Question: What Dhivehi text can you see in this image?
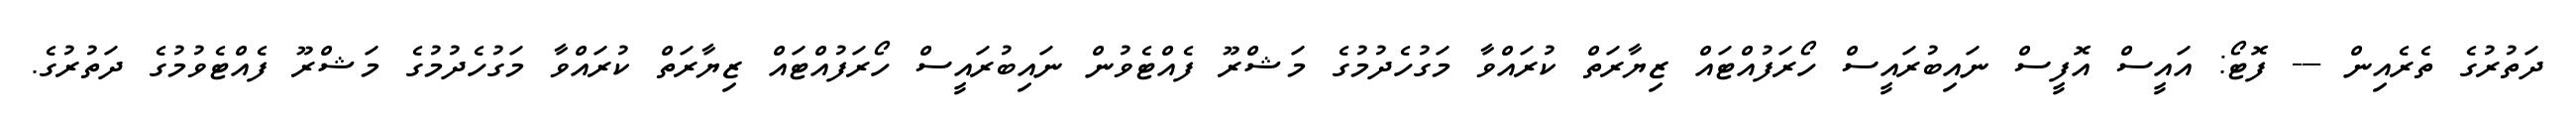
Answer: ދަތުރުގެ ތެރެއިން --- ފޮޓޯ: އައީސް އޮފީސް ނައިބުރައީސް ހޯރަފުއްޓައް ޒިޔާރަތް ކުރައްވާ މަގުހެދުމުގެ މަޝްރޫ ފެއްޓެވުން ނައިބުރައީސް ހޯރަފުއްޓައް ޒިޔާރަތް ކުރައްވާ މަގުހެދުމުގެ މަޝްރޫ ފެއްޓެވުމުގެ ދަތުރުގެ.